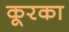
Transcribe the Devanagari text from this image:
कूरका